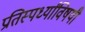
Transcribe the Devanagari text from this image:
प्रतिस्पर्ध्यांविषयी